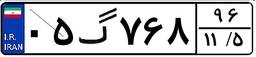
۷۹گ۰۵۸۳۱